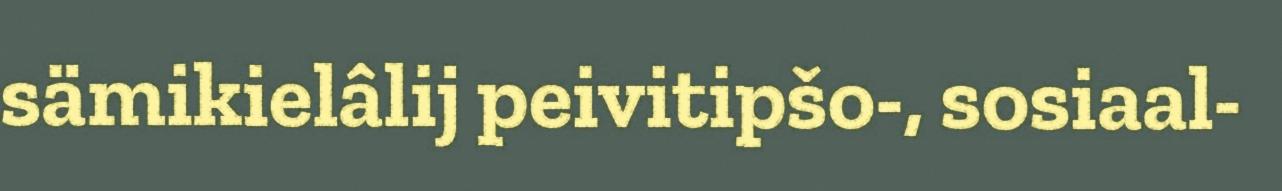
sämikielâlij peivitipšo-, sosiaal-